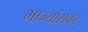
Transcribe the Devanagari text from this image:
भाज्यांसकट